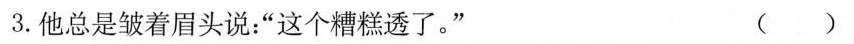
3.他总是皱着眉头说：”这个糟糕透了。” （ ）